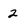
Character: 2